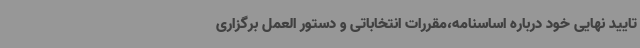
تایید نهایی خود درباره اساسنامه،مقررات انتخاباتی و دستور العمل برگزاری